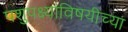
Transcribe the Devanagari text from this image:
पशुपक्ष्यांविषयीच्या